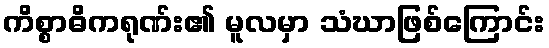
ကိစ္စာဓိကရုဏ်း၏ မူလမှာ သံဃာဖြစ်ကြောင်း